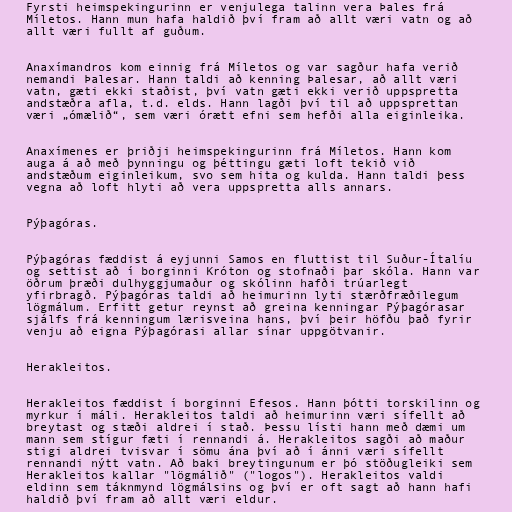
Fyrsti heimspekingurinn er venjulega talinn vera Þales frá
Míletos. Hann mun hafa haldið því fram að allt væri vatn og að
allt væri fullt af guðum.

Anaxímandros kom einnig frá Míletos og var sagður hafa verið
nemandi Þalesar. Hann taldi að kenning Þalesar, að allt væri
vatn, gæti ekki staðist, því vatn gæti ekki verið uppspretta
andstæðra afla, t.d. elds. Hann lagði því til að uppsprettan
væri „ómælið“, sem væri órætt efni sem hefði alla eiginleika.

Anaxímenes er þriðji heimspekingurinn frá Míletos. Hann kom
auga á að með þynningu og þéttingu gæti loft tekið við
andstæðum eiginleikum, svo sem hita og kulda. Hann taldi þess
vegna að loft hlyti að vera uppspretta alls annars.

Pýþagóras.

Pýþagóras fæddist á eyjunni Samos en fluttist til Suður-Ítalíu
og settist að í borginni Króton og stofnaði þar skóla. Hann var
öðrum þræði dulhyggjumaður og skólinn hafði trúarlegt
yfirbragð. Pýþagóras taldi að heimurinn lyti stærðfræðilegum
lögmálum. Erfitt getur reynst að greina kenningar Pýþagórasar
sjálfs frá kenningum lærisveina hans, því þeir höfðu það fyrir
venju að eigna Pýþagórasi allar sínar uppgötvanir.

Herakleitos.

Herakleitos fæddist í borginni Efesos. Hann þótti torskilinn og
myrkur í máli. Herakleitos taldi að heimurinn væri sífellt að
breytast og stæði aldrei í stað. Þessu lísti hann með dæmi um
mann sem stígur fæti í rennandi á. Herakleitos sagði að maður
stigi aldrei tvisvar í sömu ána því að í ánni væri sífellt
rennandi nýtt vatn. Að baki breytingunum er þó stöðugleiki sem
Herakleitos kallar "lögmálið" ("logos"). Herakleitos valdi
eldinn sem táknmynd lögmálsins og því er oft sagt að hann hafi
haldið því fram að allt væri eldur.